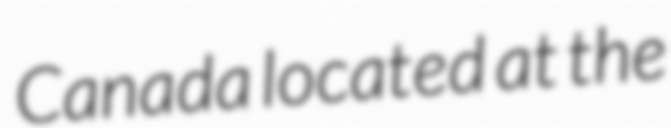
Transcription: Canada located at the